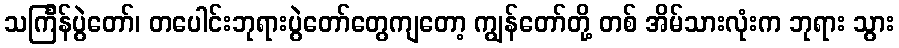
သင်္ကြန်ပွဲတော်၊ တပေါင်းဘုရားပွဲတော်တွေကျတော့ ကျွန်တော်တို့ တစ် အိမ်သားလုံးက ဘုရား သွား